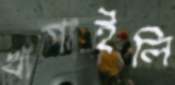
খাপাইলি